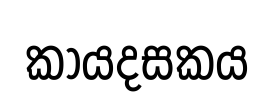
කායදසකය